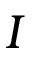
I